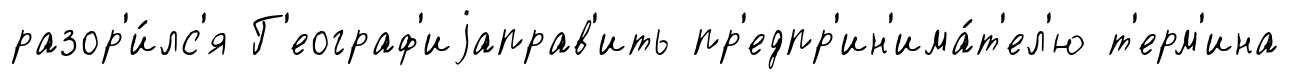
разор'и́лс'я Г'еограф'иjаправ'ить пр'едпр'ин'има́т'ел'ю т'ерм'ина